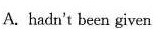
A. hadn't been given